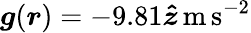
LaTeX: \boldsymbol{g}(\boldsymbol{r})=-9.81\boldsymbol{\hat{z}}\mathrm{\, m\, s^{-2}}